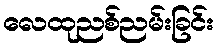
လေထုညစ်ညမ်းခြင်း